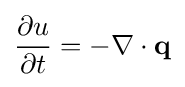
{\frac {\partial u}{\partial t}}=-\nabla \cdot \mathbf {q}